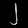
Digit: ၂